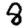
Digit: 8